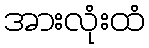
အားလုံးထံ